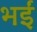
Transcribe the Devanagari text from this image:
भईं